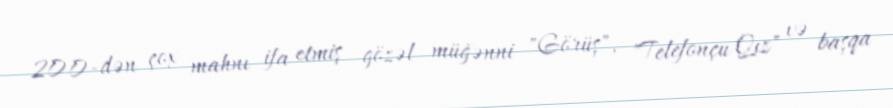
200-dən çox mahnı ifa etmiş gözəl müğənni "Görüş", "Telefonçu Qız" və başqa